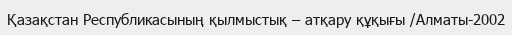
Қазақстан Республикасының қылмыстық – атқару құқығы /Алматы-2002